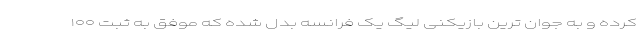
کرده و به جوان ترین بازیکنی لیگ یک فرانسه بدل شده که موفق به ثبت ۱۰۰